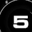
Digit: 5